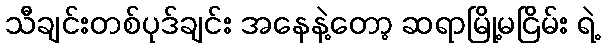
သီချင်းတစ်ပုဒ်ချင်း အနေနဲ့တော့ ဆရာမြို့မငြိမ်း ရဲ့